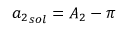
{ a _ { 2 } } _ { s o l } = { A _ { 2 } } - \pi